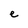
Character: e